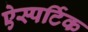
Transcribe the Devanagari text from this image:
ऐस्पर्टिक